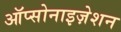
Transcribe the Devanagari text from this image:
ऑप्सोनाइज़ेशन